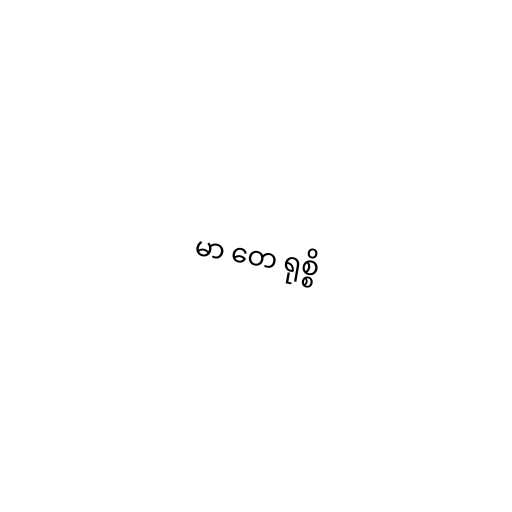
မာ တေ ရုစ္စိ